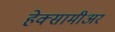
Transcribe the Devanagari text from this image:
हेक्सामीअर